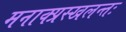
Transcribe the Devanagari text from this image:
मनाक्प्रस्खलन्तः